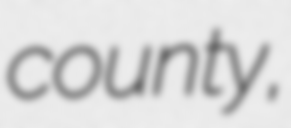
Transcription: county,